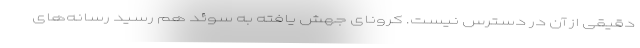
دقیقی از آن در دسترس نیست. کرونای جهش یافته به سوئد هم رسید رسانه‌های